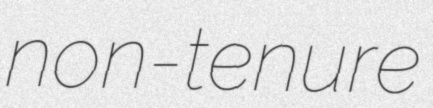
non-tenure